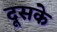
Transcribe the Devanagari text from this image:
दूसके